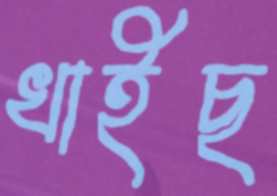
খাইছ